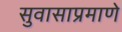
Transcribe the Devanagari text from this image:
सुवासाप्रमाणे